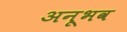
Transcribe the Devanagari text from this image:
अनूभव